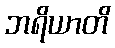
ဘရိယာတိ